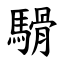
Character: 䮩